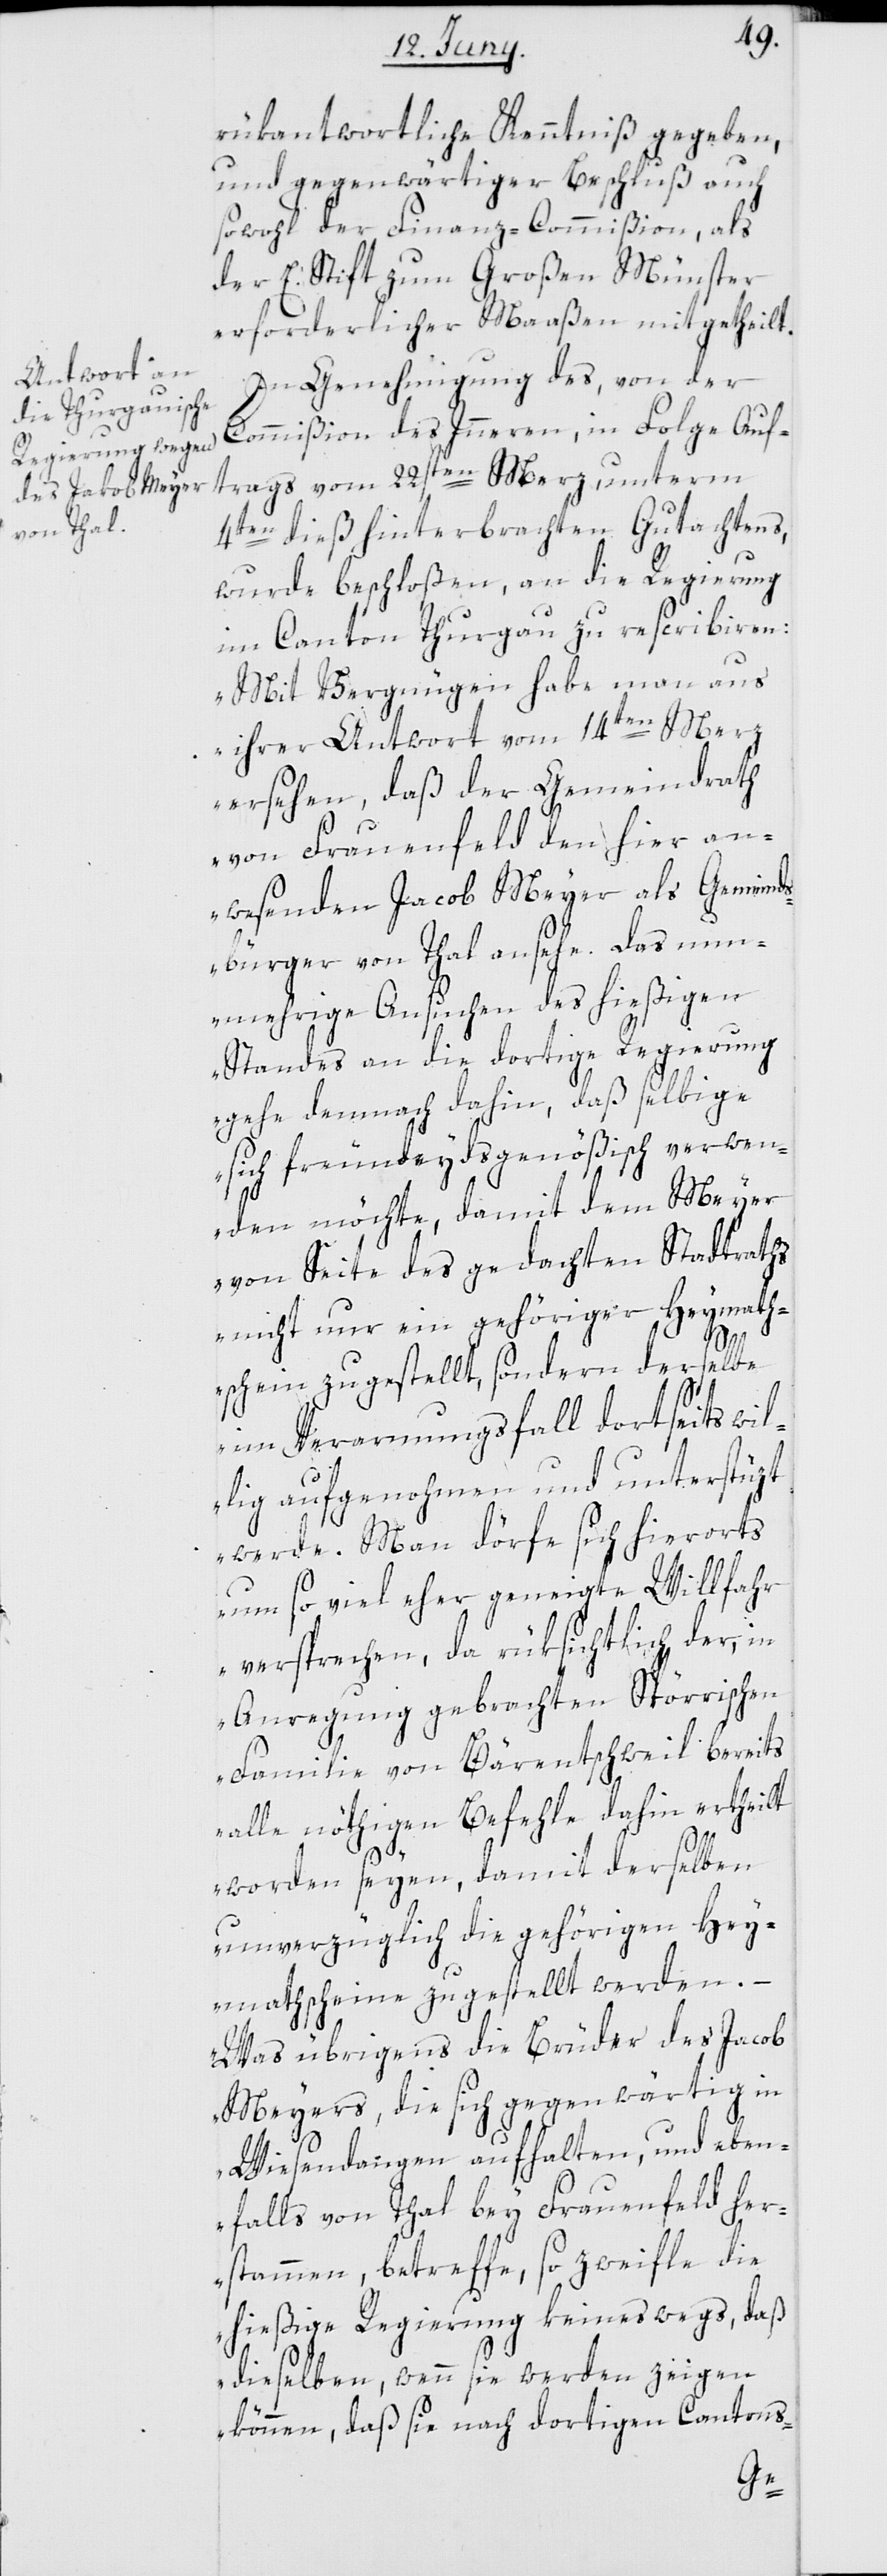
rükantwortliche Kenntniß gegeben,
und gegenwärtiger Beschluß auch
sowohl der Finanz-Commißion, als
der E. Stift zum Großen Münster
erforderlicher Maaßen mitgetheilt.
In Genehmigung des, von der
Commißion des Innern, in Folge Auf¬
trags vom 22sten Merz, unterm
4ten dieß hinterbrachten Gutachtens,
wurde beschloßen, an die Regierung
im Canton Thurgau zu rescribieren:
„Mit Vergnügen habe man aus
ihrer Antwort vom 14ten Merz
ersehen, daß der Gemeindrath
von Frauenfeld den hier an¬
wesenden Jacob Meyer als Gemeind¬
sbürger von Thal ansehe. Das nun¬
mehrige Ansuchen des hießigen
Standes an die dortige Regierung
gehe demnach dahin, daß selbige
sich freundeydsgenößisch verwen¬
den möchte, damit dem Meyer
von Seite des gedachten Stadtraths
nicht nur ein gehöriger Heymath¬
schein zugestellt, sondern derselbe
im Verarmungsfall dortseits wil¬
lig aufgenohmen und unterstüzt
werde. Man dörfe sich hierorts
um so viel eher geneigte Willfahr
versprechen, da rüksichtlich der, in
Anregung gebrachten Spörrischen
Familie von Bärentschweil bereits
alle nöthigen Befehle dahin ertheilt
worden seyen, damit derselben
unverzüglich die gehörigen Hey¬
mathscheine zugestellt werden. –
Was übrigens die Brüder des Jacob
Meyers, die sich gegenwärtig in
Wiesendangen aufhalten, und eben¬
falls von Thal bey Frauenfeld her¬
stammen, betreffe, so zweifle die
hießige Regierung keineswegs, daß
dieselben, wenn sie werden zeigen
können, daß sie nach dortigen Cantons-